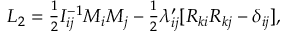
\begin{array} { r } { L _ { 2 } = \frac 1 2 I _ { i j } ^ { - 1 } M _ { i } M _ { j } - \frac 1 2 \lambda _ { i j } ^ { \prime } [ R _ { k i } R _ { k j } - \delta _ { i j } ] , } \end{array}